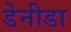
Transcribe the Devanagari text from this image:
डेनीडा